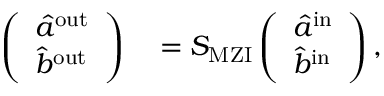
\begin{array} { r l } { \left( \begin{array} { l } { \hat { a } ^ { \mathrm { { o u t } } } } \\ { \hat { b } ^ { \mathrm { { o u t } } } } \end{array} \right) } & { { } = S _ { \mathrm { { M Z I } } } \left( \begin{array} { l } { \hat { a } ^ { \mathrm { { i n } } } } \\ { \hat { b } ^ { \mathrm { { i n } } } } \end{array} \right) , } \end{array}